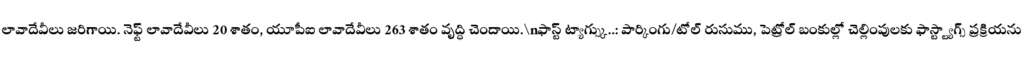
లావాదేవీలు జరిగాయి. నెఫ్ట్ లావాదేవీలు 20 శాతం, యూపీఐ లావాదేవీలు 263 శాతం వృద్ధి చెందాయి.\nఫాస్ట్ ట్యాగ్స్కు..: పార్కింగు/టోల్ రుసుము, పెట్రోల్ బంకుల్లో చెల్లింపులకు ఫాస్ట్ట్యాగ్స్ ప్రక్రియను